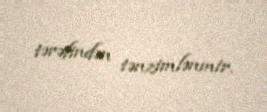
tərəfindən tənzimlənmir.